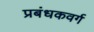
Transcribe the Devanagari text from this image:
प्रबंधकवर्ग